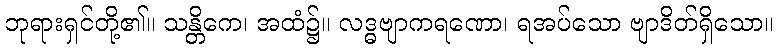
ဘုရားရှင်တို့၏။ သန္တိကေ၊ အထံ၌။ လဒ္ဓဗျာကရဏော၊ ရအပ်သော ဗျာဒိတ်ရှိသော။